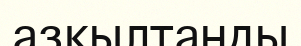
азқылтанды